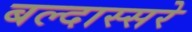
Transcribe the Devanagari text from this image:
बल्दास्सरे